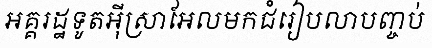
អគ្គរដ្ឋទូតអ៊ីស្រាអែលមកជំរៀបលាបញ្ចប់